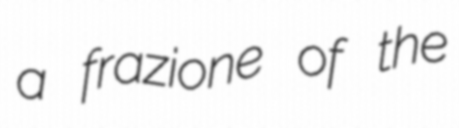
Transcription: a frazione of the